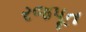
રજપૂત